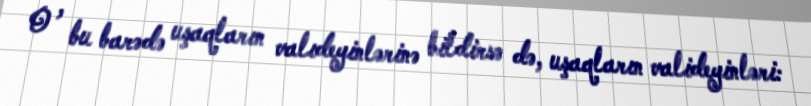
O , bu barədə uşaqların valıdeyinlərinə bildirsə də, uşaqların valideyinləri: